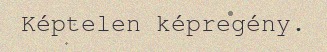
Képtelen képregény.